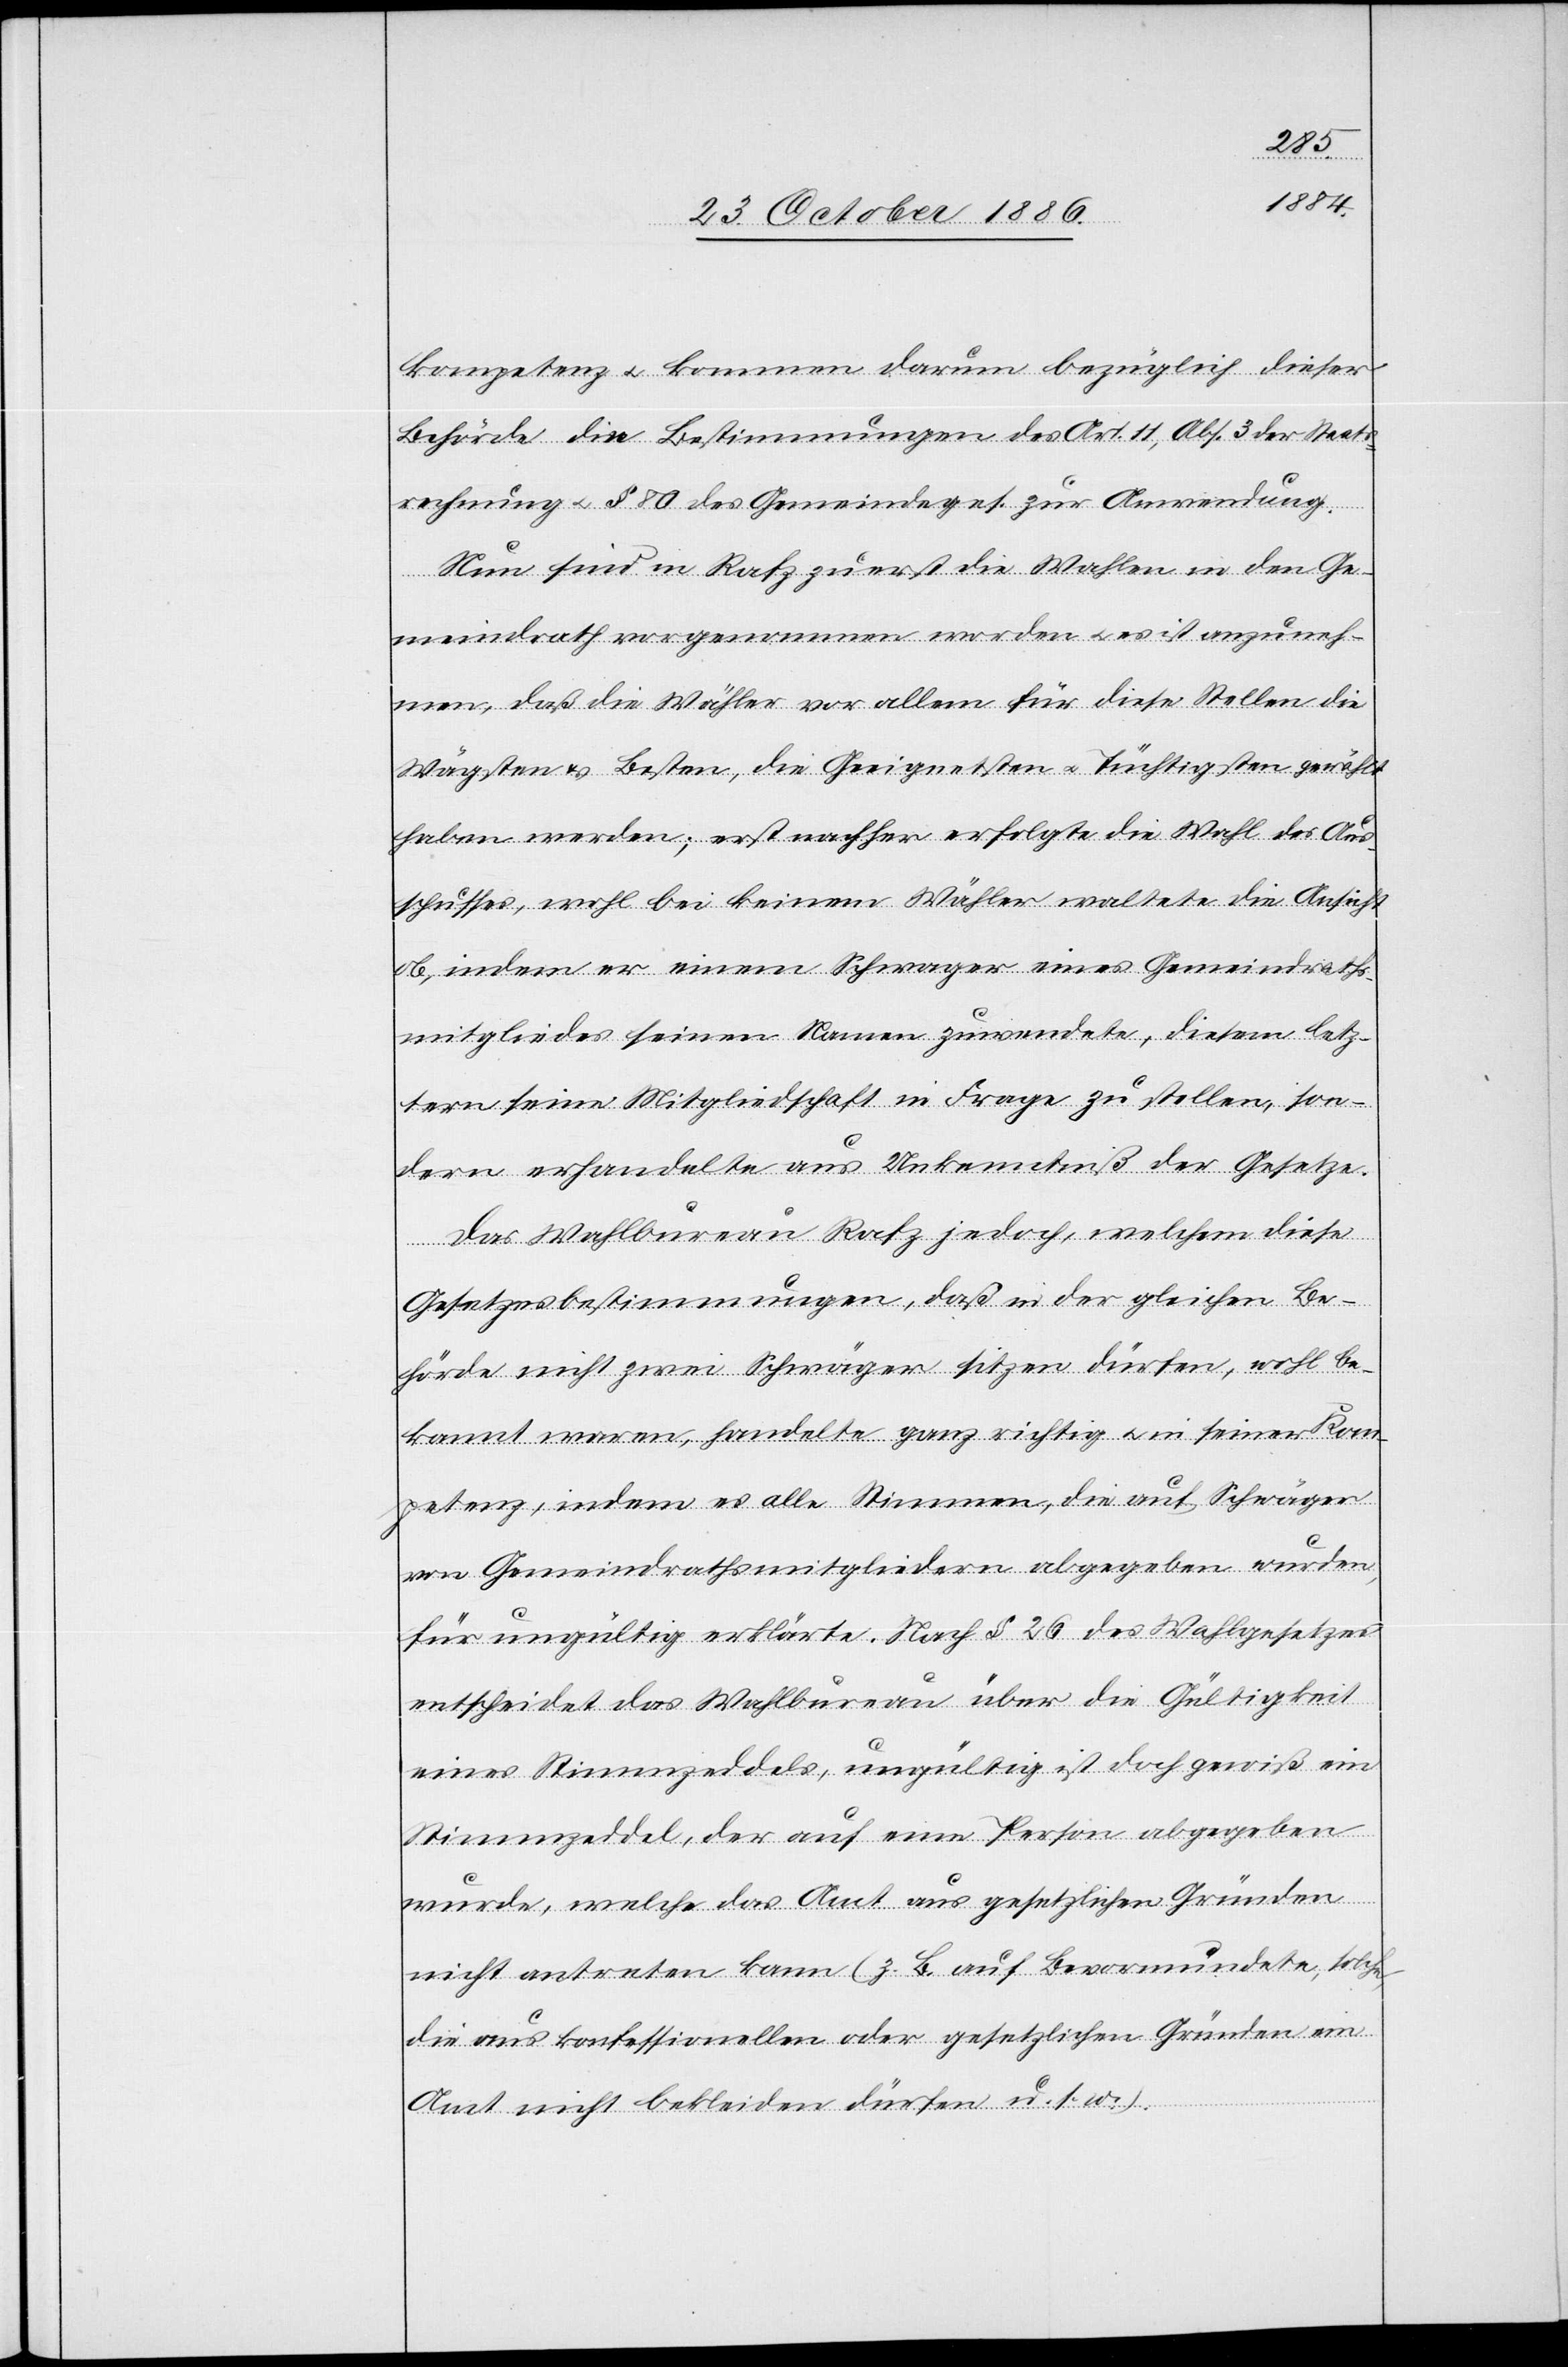
kompetenz & kommen darum bezüglich dieser
Behörde die Bestimmungen des Art. 11, Abs. 3 der Staats¬
rechnung & § 80 des Gemeindeges. zur Anwendung.
[rec¬
Nun sind in Rafz zuerst die Wahlen in den Ge¬
meindrath vorgenommen worden & es ist anzuneh¬
men, daß die Wähler vor allem für diese Stellen die
Wägsten & Besten, die Geeignetsten & Tüchtigsten gewählt
haben werden; erst nachher erfolgte die Wahl des Aus¬
schusses, wohl bei keinem Wähler waltete die Ansicht
ob, indem er einem Schwager eines Gemeindraths¬
mitgliedes seinen Namen zuwendete, diesem letz¬
tern seine Mitgliedschaft in Frage zu stellen, son¬
te: er handelte] aus Unkenntniß der Gesetze.
Das Wahlbureau Rafz jedoch, welchem diese
Gesetzesbestimmungen, daß in der gleichen Be¬
hörde nicht zwei Schwäger sitzen dürfen, wohl be¬
kannt waren, handelte ganz richtig & in seiner Kom¬
petenz, indem es alle Stimmen, die auf Schwäger
von Gemeindrathsmitgliedern abgegeben wurden,
für ungültig erklärte. Nach § 26 des Wahlgesetzes
entscheidet das Wahlbureau über die Gültigkeit
eines Stimmzeddels, ungültig ist doch gewiß ein
Stimmzeddel, der auf eine Person abgegeben
wurde, welche das Amt aus gesetzlichen Gründen
nicht antreten kann (z. B. auf Bevormundete, solche,
die aus konfessionellen oder gesetzlichen Gründen ein
Amt nicht bekleiden dürfen u. s.